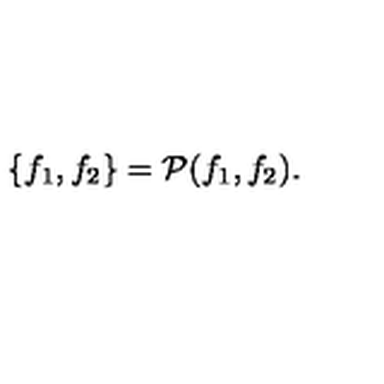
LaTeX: \{ f _ { 1 } , f _ { 2 } \} = { \cal P } ( f _ { 1 } , f _ { 2 } ) .